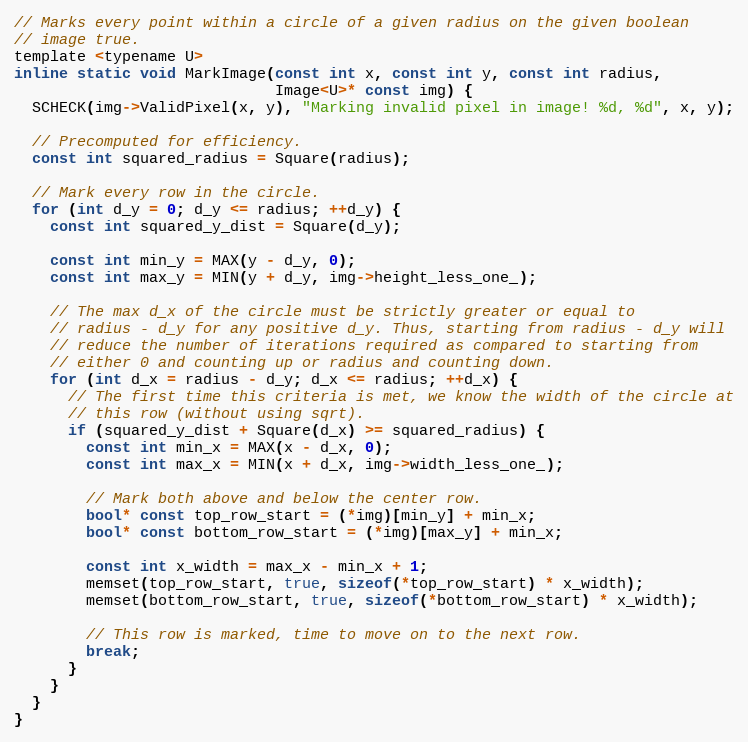
Language: C
// Marks every point within a circle of a given radius on the given boolean
// image true.
template <typename U>
inline static void MarkImage(const int x, const int y, const int radius,
                             Image<U>* const img) {
  SCHECK(img->ValidPixel(x, y), "Marking invalid pixel in image! %d, %d", x, y);

  // Precomputed for efficiency.
  const int squared_radius = Square(radius);

  // Mark every row in the circle.
  for (int d_y = 0; d_y <= radius; ++d_y) {
    const int squared_y_dist = Square(d_y);

    const int min_y = MAX(y - d_y, 0);
    const int max_y = MIN(y + d_y, img->height_less_one_);

    // The max d_x of the circle must be strictly greater or equal to
    // radius - d_y for any positive d_y. Thus, starting from radius - d_y will
    // reduce the number of iterations required as compared to starting from
    // either 0 and counting up or radius and counting down.
    for (int d_x = radius - d_y; d_x <= radius; ++d_x) {
      // The first time this criteria is met, we know the width of the circle at
      // this row (without using sqrt).
      if (squared_y_dist + Square(d_x) >= squared_radius) {
        const int min_x = MAX(x - d_x, 0);
        const int max_x = MIN(x + d_x, img->width_less_one_);

        // Mark both above and below the center row.
        bool* const top_row_start = (*img)[min_y] + min_x;
        bool* const bottom_row_start = (*img)[max_y] + min_x;

        const int x_width = max_x - min_x + 1;
        memset(top_row_start, true, sizeof(*top_row_start) * x_width);
        memset(bottom_row_start, true, sizeof(*bottom_row_start) * x_width);

        // This row is marked, time to move on to the next row.
        break;
      }
    }
  }
}